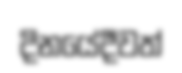
දිනයේදීවත්